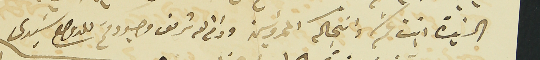
السَيدة ابنت عمكم وانجالكم المحروسين ودام الله شريف وجودكم للدوام سيديَ